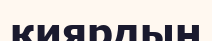
қиярдың